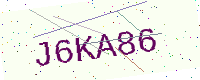
Text: J6KA86